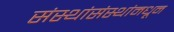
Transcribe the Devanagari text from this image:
संस्थांसंस्थांमधून